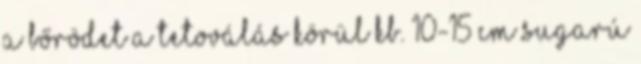
a bőrödet a tetoválás körül kb. 10-15 cm sugarú